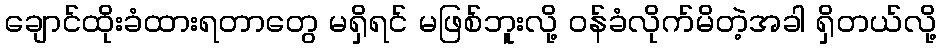
ချောင်ထိုးခံထားရတာတွေ မရှိရင် မဖြစ်ဘူးလို့ ဝန်ခံလိုက်မိတဲ့အခါ ရှိတယ်လို့